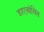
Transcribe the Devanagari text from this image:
डाएओसिस